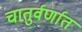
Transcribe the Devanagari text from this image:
चातुर्वर्णात